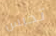
تحبس